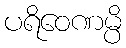
ပရိဝေဏမ္ပိ